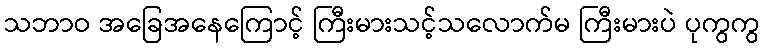
သဘာဝ အခြေအနေကြောင့် ကြီးမားသင့်သလောက်မ ကြီးမားပဲ ပုကွကွ